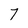
Character: 7